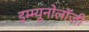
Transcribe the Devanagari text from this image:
इम्म्यूनोलॉजी